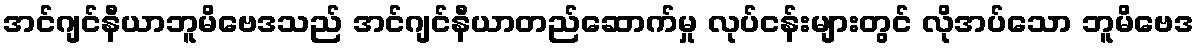
အင်ဂျင်နီယာဘူမိဗေဒသည် အင်ဂျင်နီယာတည်ဆောက်မှု လုပ်ငန်းများတွင် လိုအပ်သော ဘူမိဗေဒ